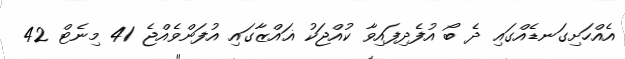
އެއްހަށިގަނޑެއްގައި ދެ ބޯ އުފެދިފައިވާ ކުއްޖަކު ޣައްޒާގައި އުފަންވެއްޖެ 41 މިނެޓް 42